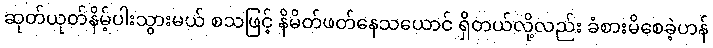
ဆုတ်ယုတ်နိမ့်ပါးသွားမယ် စသဖြင့် နိမိတ်ဖတ်နေသယောင် ရှိတယ်လို့လည်း ခံစားမိစေခဲ့ဟန်